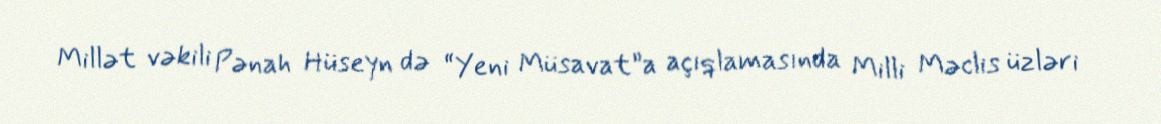
Millət vəkili Pənah Hüseyn də “Yeni Müsavat”a açıqlamasında Milli Məclis üzləri